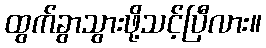
ထွက်ခွာသွားဖို့သင့်ပြီလား။